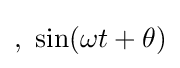
,\ \sin(\omega t+\theta )